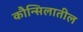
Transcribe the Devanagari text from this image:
कौन्सिलातील